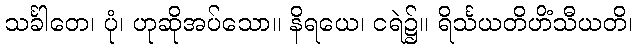
သင်္ခါတေ၊ ပုံ၊ ဟုဆိုအပ်သော။ နိရယေ၊ ငရဲ၌။ ရိင်္သယတိဟိံသီယတိ၊